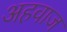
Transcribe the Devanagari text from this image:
अहवाज